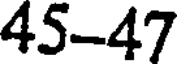
45-47